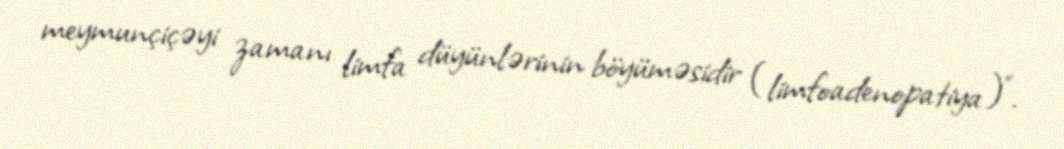
meymunçiçəyi zamanı limfa düyünlərinin böyüməsidir (limfoadenopatiya)”.